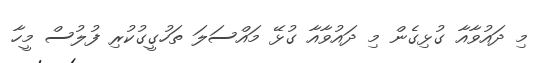
މި ދައުވާއާ ގުޅިގެން މި ދައުވާއާ ގުޅޭ މައްސަލަ ތަހުގީގުކުރި ފުލުސް މީހާ